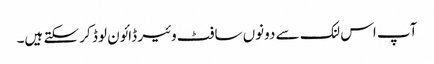
آپ اس لنک سے دونوں سافٹ وئیر ڈائون لوڈ کر سکتے ہیں۔